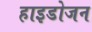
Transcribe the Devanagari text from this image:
हाइडोजन